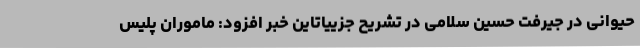
حیوانی در جیرفت حسین سلامی در تشریح جزییاتاین خبر افزود: ماموران پلیس